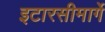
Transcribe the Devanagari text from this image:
इटारसीमार्गे